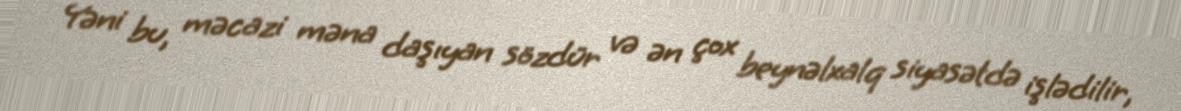
Yəni bu, məcazi məna daşıyan sözdür və ən çox beynəlxalq siyasətdə işlədilir,